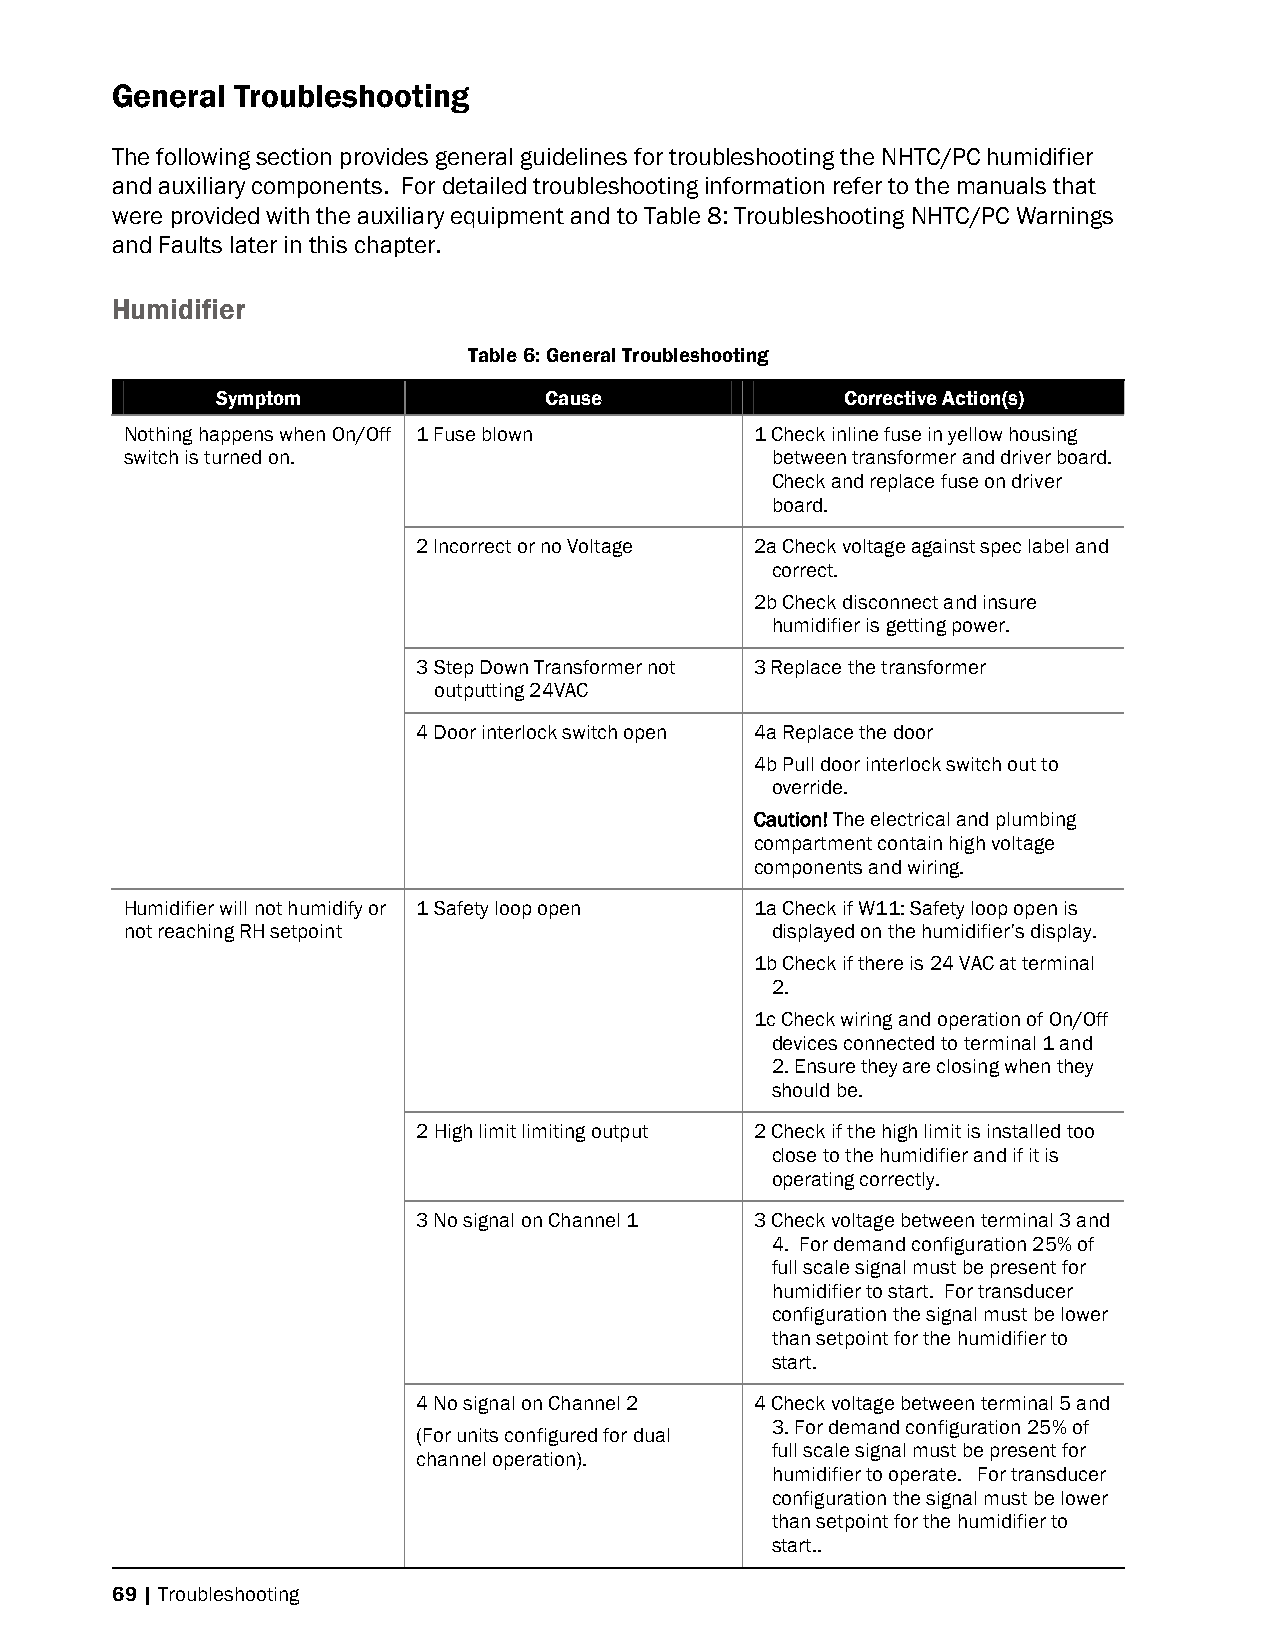
General  Troubleshooting
 The following section provides general guidelines for troubleshooting the NHTC/PC humidifier
 and auxiliary components. For detailed troubleshooting information refer to the manuals that
 were provided with the auxiliary equipment and to Table 8: Troubleshooting NHTC/PC Warnings
 and Faults later in this chapter.
 Humidifier
 Table 6: General Troubleshooting
 Symptom               Cause               Corrective Action(s)
 Nothing happens when On/Off 1 Fuse blown  1 Check inline fuse in yellow housing
 switch is turned on.                       between transformer and driver board.
 Check and replace fuse on driver
 board.
 2 Incorrect or no Voltage 2a Check voltage against spec label and
 correct.
 2b Check disconnect and insure
 humidifier is getting power.
 3 Step Down Transformer not 3 Replace the transformer
 outputting 24VAC
 4 Door interlock switch open 4a Replace the door
 4b Pull door interlock switch out to
 override.
 Caution! The electrical and plumbing
 compartment contain high voltage
 components and wiring.
 Humidifier will not humidify or 1 Safety loop open 1a Check if W11: Safety loop open is
 not reaching RH setpoint                   displayed on the humidifier’s display.
 1b Check if there is 24 VAC at terminal
 2.
 1c Check wiring and operation of On/Off
 devices connected to terminal 1 and
 2. Ensure they are closing when they
 should be.
 2 High limit limiting output 2 Check if the high limit is installed too
 close to the humidifier and if it is
 operating correctly.
 3 No signal on Channel 1 3 Check voltage between terminal 3 and
 4. For demand configuration 25% of
 full scale signal must be present for
 humidifier to start. For transducer
 configuration the signal must be lower
 than setpoint for the humidifier to
 start.
 4 No signal on Channel 2 4 Check voltage between terminal 5 and
 3. For demand configuration 25% of
 (For units configured for dual
 full scale signal must be present for
 channel operation).
 humidifier to operate. For transducer
 configuration the signal must be lower
 than setpoint for the humidifier to
 start..
 69 | Troubleshooting